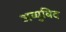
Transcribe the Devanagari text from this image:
अय्युबिद